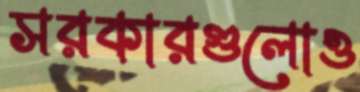
সরকারগুলোও